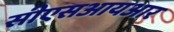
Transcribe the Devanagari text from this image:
सीएसआयआर